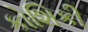
કોશિકી